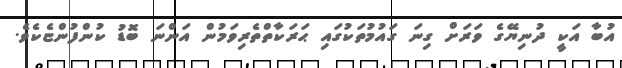
އުބާ އަކީ ދުނިޔޭގެ ވަރަށް ގިނަ ގައުމުތަކުގައި ޙަރަކާތްތެރިވަމުން އަންނަ ބޮޑު ކުންފުންޏެކެވެ.